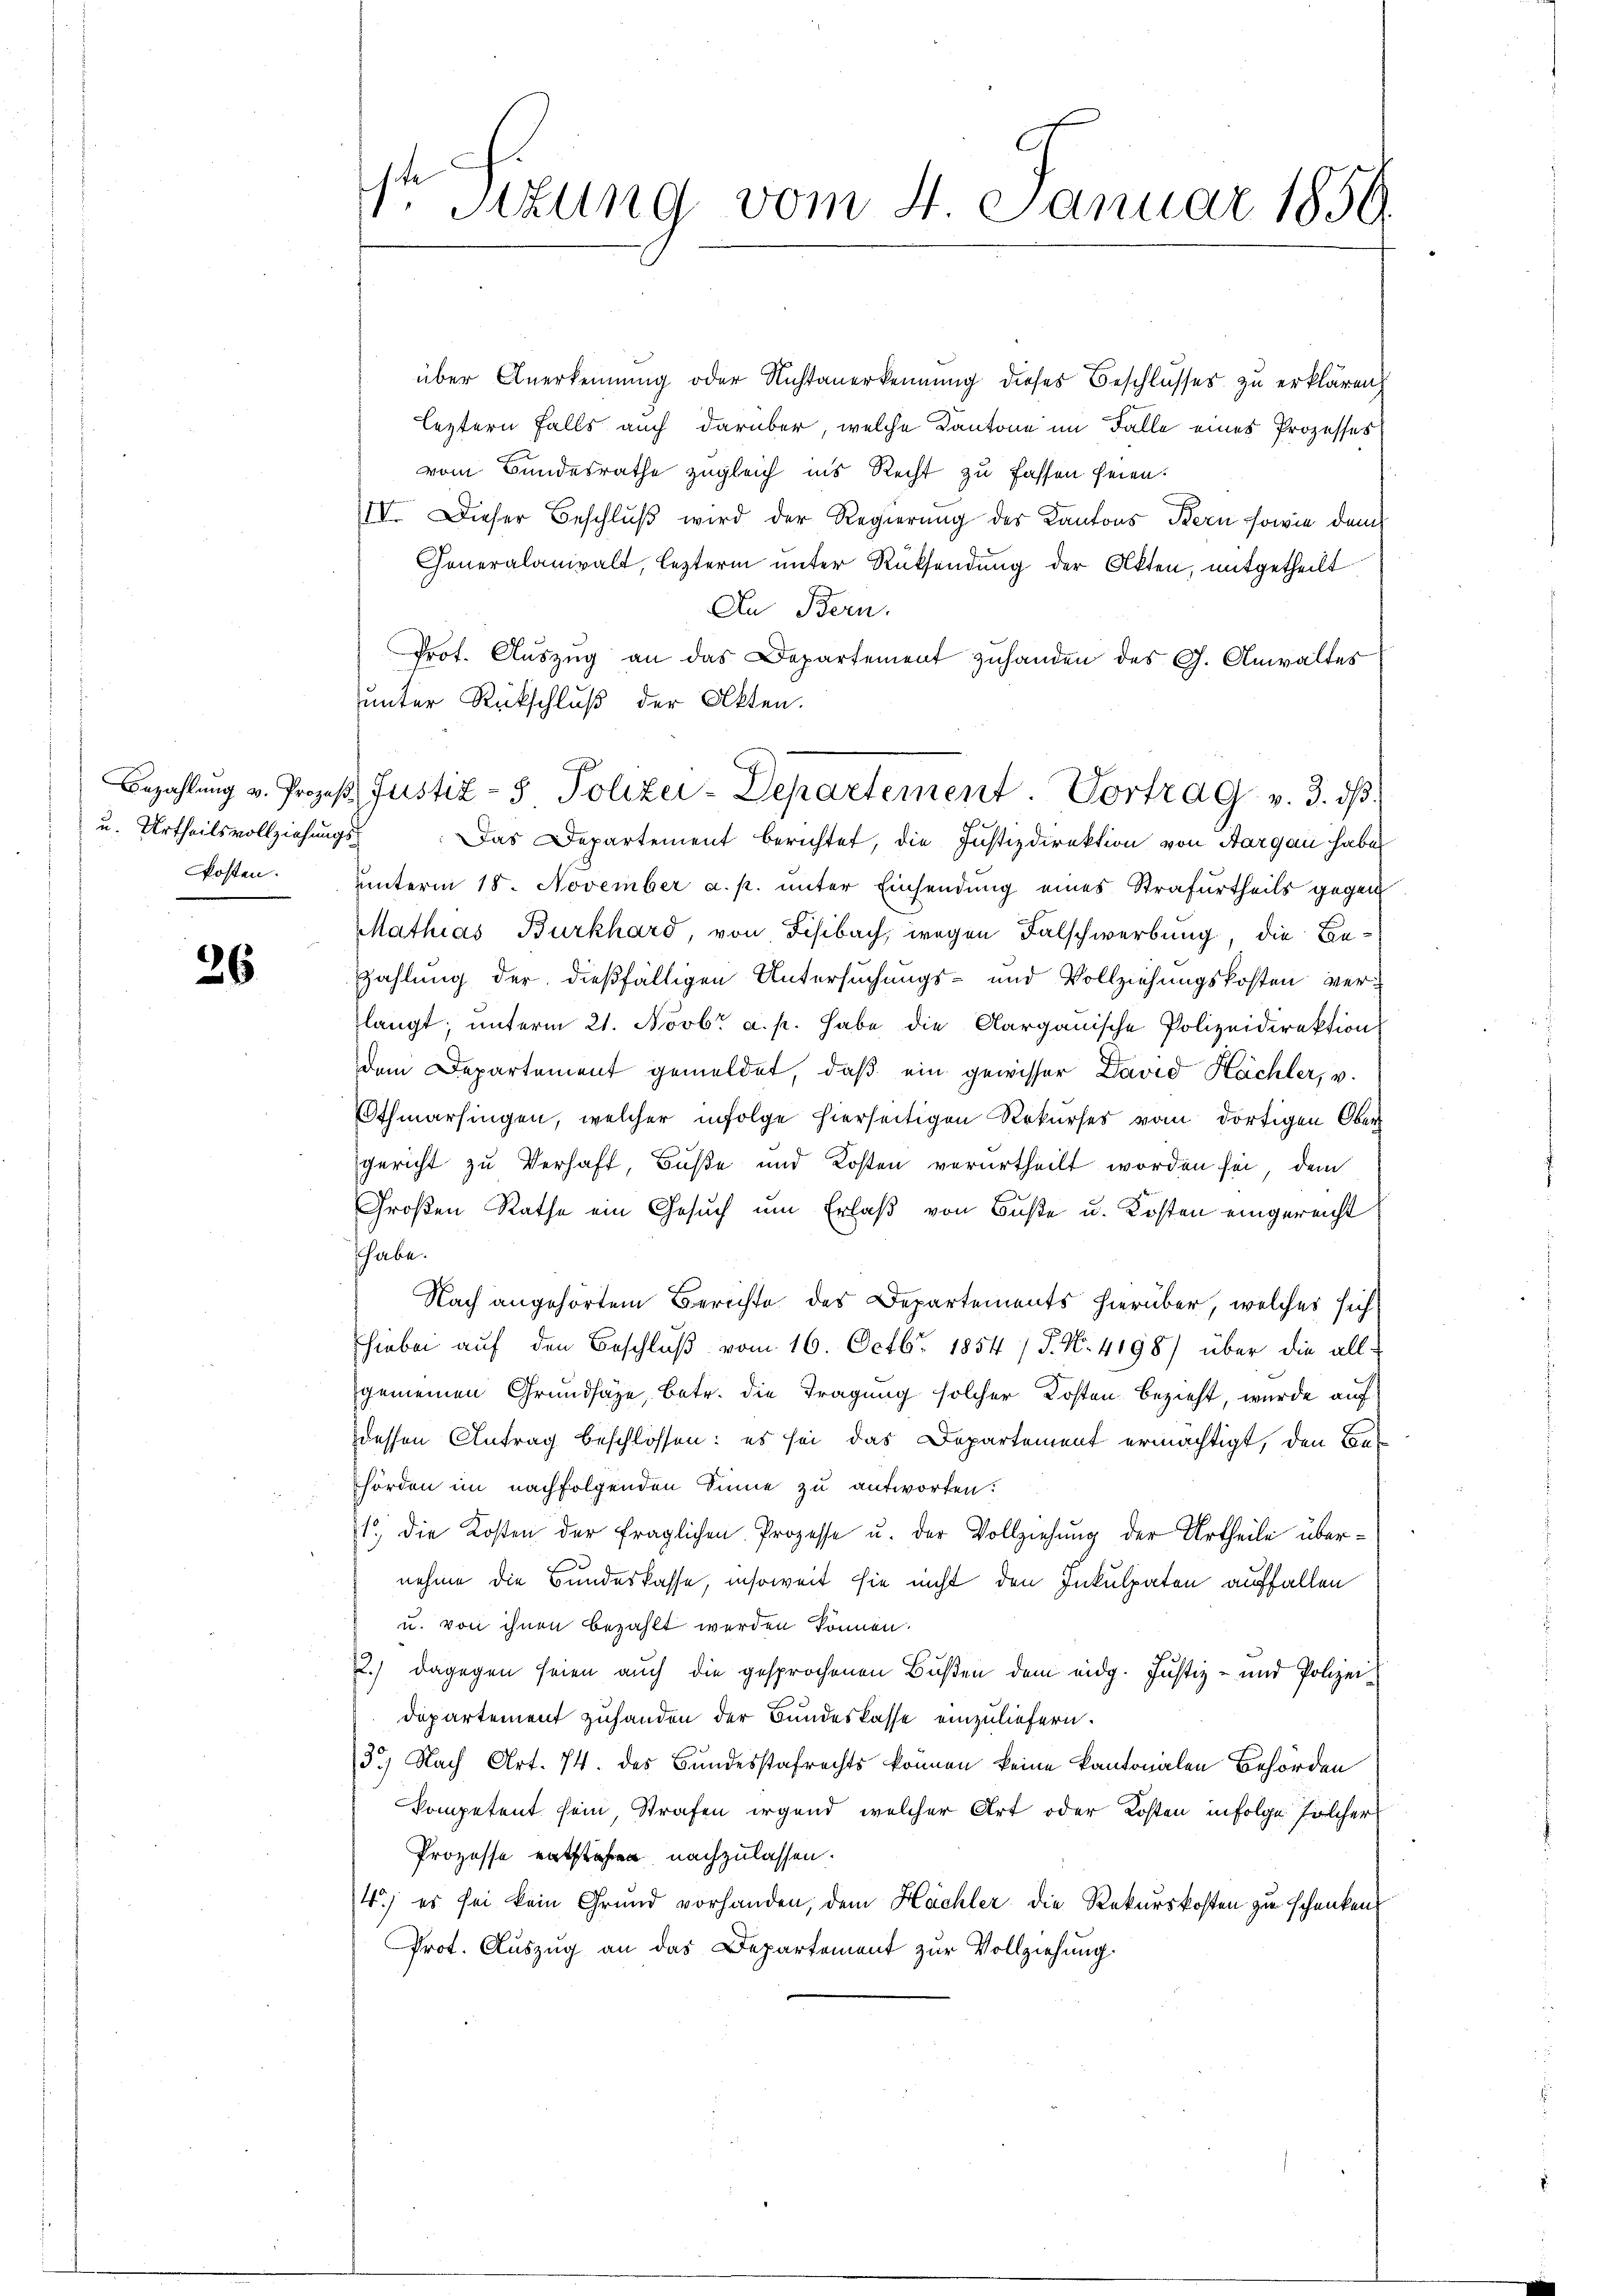
u. Urtheilsvollziehungskosten.

26

über Anerkennung oder Nichtanerkennung dieses Beschlusses zu erklären,
leztern falls auch darüber, welche Kantone im Falle eines Prozesses
vom Bundesrathe zugleich ins Recht zu fassen seien.
IIV. Dieser Beschlŭβ wird der Regierung des Kantons Bern sowie dem
Generalanwalt, lezterm unter Rücksendung der Akten, mitgetheilt
An Bern.
Prot. Auszug an das Departement zuhanden des G. Anwaltes
unter Rückschluß der Akten.
i
Das Departement berichtet, die Justizdirektion von Aargau habe
unterm 18. November a. p. unter Einsendung eines Strafurtheils gegen
Mathias Burkhard, von Sisibach, wegen Falschwerbung, die Be¬
Zahlung der dießfälligen Untersuchungs- und Vollziehungskosten verlangt, ŭnterm 21. Novbr. a. p. habe die Aargauische Polizeidirektion
dem Departement gemeldet, daβ ein gewisser David Hächler, v.
Othmarsingen, welcher infolge hierseitigen Rekurses vom dortigen Ober
gericht zu Verhaft, Buße und Kosten verurtheilt worden sei, dem
Großen Rathe ein Gesuch um Erlaß von Buste u. Kosten eingereicht
shabe.
Nach angehörtem Berichte des Departements hierüber, welches sich
hiebei auf den Beschluß vom 16. Octbr. 1854 / P. No. 4198) über die all-
gemeinen Grundsäge, betr. die Tragung solcher Kosten bezieht, wurde auf
dessen Antrag beschlossen: es sei das Departement ermächtigt, den Bau-
hörden im nachfolgenden Sinne zu antworten:
1.) Die Kosten der fraglichen Prozesse u. der Vollziehung der Urtheile übernehme die Bundeskasse, insoweit sie nicht den Inkulpaten auffallen
u. von ihnen bezahlt werden können.
2.) Dagegen seien auch die gesprochenen Bußen dem eidg. Justiz- und Polizei¬
Departement zuhanden der Bundeskasse einzuliefern.
3.) Nach Art. 74. des Bundesstrafrechts können keine kantonalen Behörden
kompetent sein, Strafen irgend welcher Art oder Kosten infolge solcher
Prozesse entstehen nachzulassen.
4.) es sei kein Grund vorhanden, dem Hächler die Rekurskosten zu schenken
Prot. Auszug an das Departement zur Vollziehung.

Dr. Sizung vom 4. Januar 1850.

Bezahlŭng u. Prozeβ Justiz- & Polizei-Departement. Vortrag v. 3. dβ.